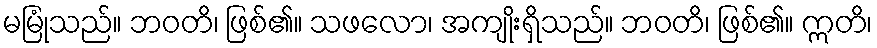
မမြုံသည်။ ဘဝတိ၊ ဖြစ်၏။ သဖလော၊ အကျိုးရှိသည်။ ဘဝတိ၊ ဖြစ်၏။ ဣတိ၊